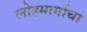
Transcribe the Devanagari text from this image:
लोहमार्गाचा